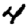
Digit: 4